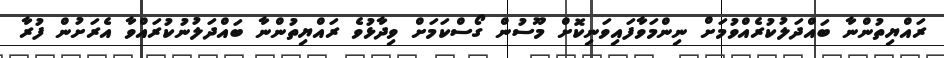
ރައްޔިތުންނާ ބައްދަލުކުރެއްވުމަށް ނިންމަވާފައިވަނިކޮށް މޫސުން ގޯސްކަމަށް ވިދާޅުވެ ރައްޔިތުންނާ ބައްދަލުނުކުރައްވާ އެރަށުން ފުރާ